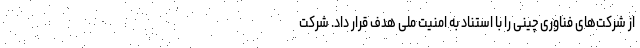
از شرکت‌های فناوری چینی را با استناد به امنیت ملی هدف قرار داد. شرکت